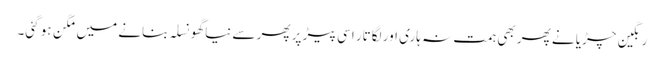
رنگین چڑیا نے پھر بھی ہمت نہ ہاری اور لگاتار اسی پیڑ پر پھر سے نیا گھونسلہ بنانے میں مگن ہو گئی۔